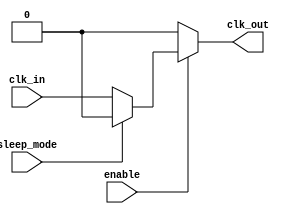
module LowPowerClockBuffer (
    input wire clk_in,         // Input clock signal
    input wire enable,         // Enable signal to activate clock
    input wire sleep_mode,     // Sleep mode control
    output wire clk_out        // Buffered output clock signal
);

    // Internal signals
    wire clk_buffer_1; // First stage buffer output
    wire clk_buffer_2; // Second stage buffer output

    // Buffer stages (two stage buffer here for simplicity)
    // Use buffers (or inverters) for signal integrity
    assign clk_buffer_1 = (sleep_mode == 1'b0) ? clk_in : 1'b0;
    assign clk_buffer_2 = (sleep_mode == 1'b0) ? clk_buffer_1 : 1'b0;

    // Clock Gating - only output clock when enabled
    assign clk_out = (enable == 1'b1) ? clk_buffer_2 : 1'b0;

endmodule